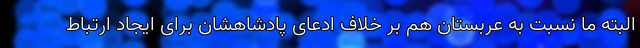
البته ما نسبت به عربستان هم بر خلاف ادعای پادشاهشان برای ایجاد ارتباط